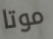
موتا